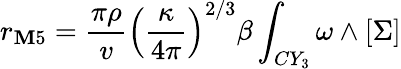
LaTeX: r_{\mathbf{M}5}=\frac{{\pi\rho}}{{v}}\left(\frac{{\kappa}}{{4\pi}}\right)^{2/3}\beta\int_{CY_{3}}\omega\wedge[\Sigma]